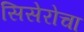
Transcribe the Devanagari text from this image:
सिसेरोचा